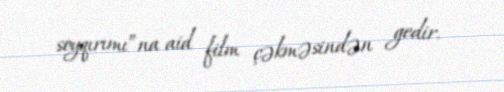
soyqırımı”na aid film çəkməsindən gedir.